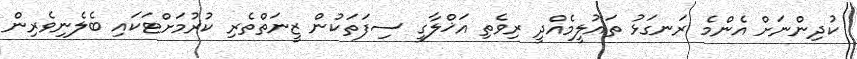
ކުދިންނަށް އެންމެ ރަނގަޅު ތައުލީމެއްދީ ރިވެތި އަޚްލާގީ ސިފަތަކުން ޒީނަތްތެރި ކުރުމަށްޓަކައި ބެލެނިވެރިން